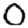
Digit: 0